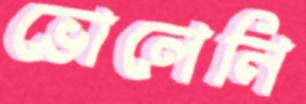
ভোলেনি